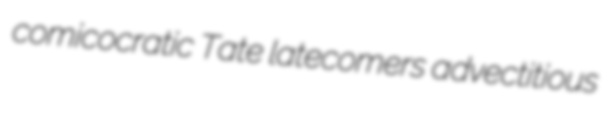
comicocratic Tate latecomers advectitious